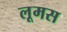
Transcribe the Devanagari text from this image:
लूमस